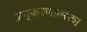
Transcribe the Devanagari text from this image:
अनुकरणात्मक।